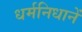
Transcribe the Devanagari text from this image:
धर्मनिधानें